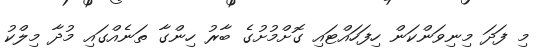
މި ފަދަ މިނިވަންކަން ހިފަހައްޓައި ގޮށްމުށުގެ ބާރު ހިންގާ ތަނެއްގައި މުދާ މިލްކު